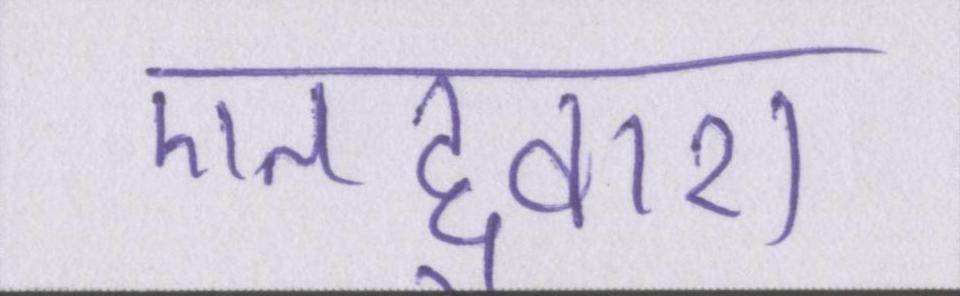
एतद्द्वारा